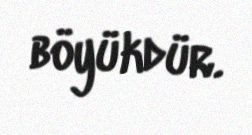
böyükdür.